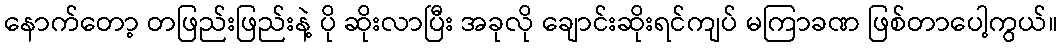
နောက်တော့ တဖြည်းဖြည်းနဲ့ ပို ဆိုးလာပြီး အခုလို ချောင်းဆိုးရင်ကျပ် မကြာခဏ ဖြစ်တာပေါ့ကွယ်။